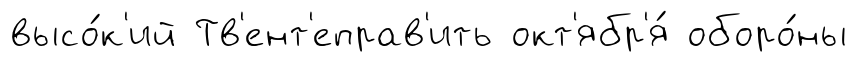
высо́к'ий Тв'ент'еправ'ить окт'ябр'я́ оборо́ны